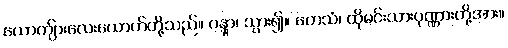
ယောကျ်ားလေးယောက်တို့သည်။ ဂန္တွာ၊ သွား၍။ တေသံ၊ ထိုမင်းသားပုဏ္ဏားတို့အား။